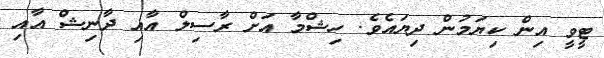
ޓީވީ އިން ކިޔަމުން ދިޔައެވެ. ހިޝްމާ އަށް ރާސިލް އާއި ދާނިޝް އާއި